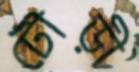
টৌড়ী